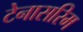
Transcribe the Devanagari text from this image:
टेनासरिम